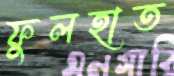
ফুলহাত